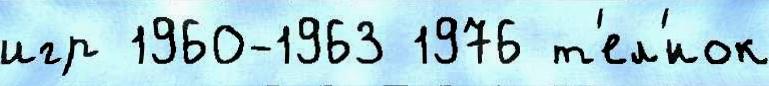
игр 1960-1963 1976 т'ел'́нок